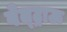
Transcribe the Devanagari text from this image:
वेत्ट्राऊ